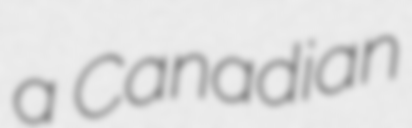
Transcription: a Canadian